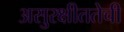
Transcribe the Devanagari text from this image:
असुरक्षीततेची